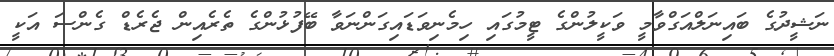
ނަޝީދުގެ ބައިނަލްއަގްވާމީ ވަކީލުންގެ ޓީމުގައި ހިމެނިވަޑައިގަންނަވާ ބޭފުޅުންގެ ތެރެއިން ޖެރެޑް ގެންސަ އަކީ